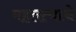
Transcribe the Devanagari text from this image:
महतत्वाचे